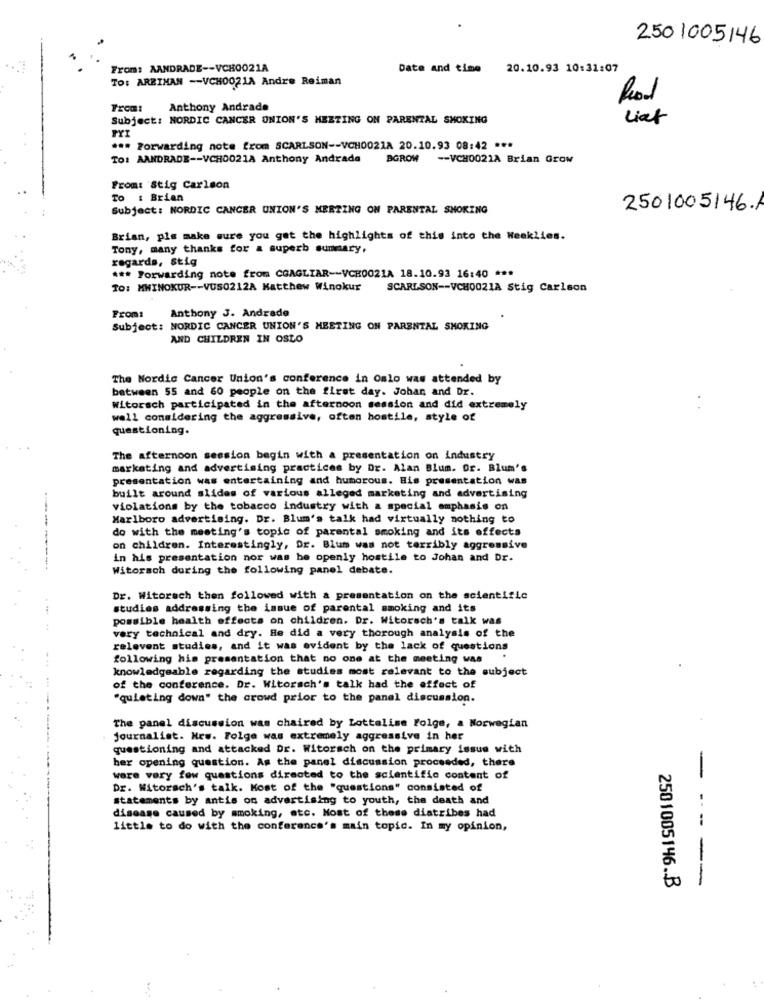
250 1005146
From: AANDRADE -- VCH0021A
Date and time
20.10.93 10:31:07
TO: AREINAN -- VCH0021A Andre Reiman
From:
Anthony Andrade
Subject: NORDIC CANCER ONION'S MEETING ON PARENTAL SMOKING
Liat
*** Forwarding note from SCARLSON -- VCH0021A 20.10.93 08:42 ***
To: AANDRADE -- VCH0021A Anthony Andrada
BGROW
-- VCH0021A Brian Grow
From: Stig Carlson
To : Brian
Subject: NORDIC CANCER UNION'S MEETING ON PARENTAL SHORING
2501005146.1
Brian, pls make sure you get the highlights of this into the Weeklies.
Tony, many thanks for a superb summary,
regards, stig
*** Forwarding note from CGAGLIAR -- VCR0021A 18.10.93 16:40 ***
TO: MWINOKUR -- VUS0212A Matthew Winokur
SCARLSON -- VCH0021A Stig Carlson
Anthony J. Andrade
From:
Subject: NORDIC CANCER UNION'S MEETING ON PARENTAL SMOKING
AND CHILDREN IN OSLO
The Nordic Cancer Union's conference in Oslo was attended by
between 55 and 60 people on the first day. Johan, and Dr.
Witorsch participated in the afternoon session and did extremely
well considering the aggressive, often hostile, style of
questioning.
The afternoon session begin with a presentation on industry
marketing and advertising practices by Dr. Alan Blum. Or. Blum's
presentation was entertaining and humorous. Bis presentation was
built around slides of various alleged marketing and advertising
violations by the tobacco industry with a special emphasis on
Marlboro advertising. Dr. Blum's talk had virtually nothing to
do with the meeting's topic of parental smoking and its effects
on children. Interestingly, Dr. Blum was not terribly aggressive
in his presentation nor was he openly hostile to Johan and Dr.
Witorsoh during the following panel debate.
Dr. Witorach then followed with a presentation on the scientific
studies addressing the issue of parental smoking and its
possible health effects on children. Dr. Witorsch's talk was
very technical and dry. He did a very thorough analysis of the
relevent studies, and it was evident by the lack of questions
following his presentation that no one at the meeting was
knowledgeable regarding the studies most relevant to the subject
of the conference. Dr. Witorsch's talk had the effect of
"quieting down" the crowd prior to the panel discussion.
The panel discussion was chaired by Lottalise Folge, a Norwegian
Journalist. Hew. Folge was extremely aggressive in her
questioning and attacked Dr. Witorsch on the primary issue with
her opening question. As the panel discussion proceeded, there
were very few questions directed to the scientific content of
Dr. Witorsch's talk. Kost of the "questions" consisted of
statements by antis on advertising to youth, the death and
disease caused by smoking, etc. Most of these diatribes had
little to do with the conference's main topic. In my opinion,
-----
2501005146 .. B